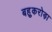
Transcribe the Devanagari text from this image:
बहुकरोड़ा